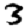
Digit: 3